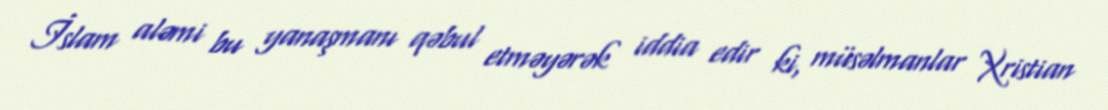
İslam aləmi bu yanaşmanı qəbul etməyərək iddia edir ki, müsəlmanlar Xristian